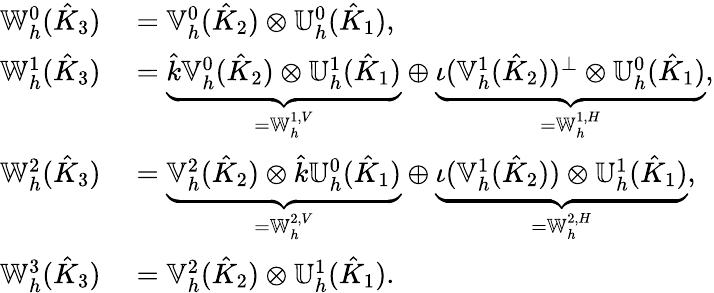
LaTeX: \begin{array}{rl}{\mathbb{W}_{h}^{0}(\hat{K}_{3})}&{{}=\mathbb{V}_{h}^{0}(\hat{K}_{2})\otimes\mathbb{U}_{h}^{0}(\hat{K}_{1}),}\\ {\mathbb{W}_{h}^{1}(\hat{K}_{3})}&{{}=\underbrace{\hat{k}\mathbb{V}_{h}^{0}(\hat{K}_{2})\otimes\mathbb{U}_{h}^{1}(\hat{K}_{1})}_{=\mathbb{W}_{h}^{1,V}}\oplus\underbrace{\iota(\mathbb{V}_{h}^{1}(\hat{K}_{2}))^{\perp}\otimes\mathbb{U}_{h}^{0}(\hat{K}_{1})}_{=\mathbb{W}_{h}^{1,H}},}\\ {\mathbb{W}_{h}^{2}(\hat{K}_{3})}&{{}=\underbrace{\mathbb{V}_{h}^{2}(\hat{K}_{2})\otimes\hat{k}\mathbb{U}_{h}^{0}(\hat{K}_{1})}_{=\mathbb{W}_{h}^{2,V}}\oplus\underbrace{\iota(\mathbb{V}_{h}^{1}(\hat{K}_{2}))\otimes\mathbb{U}_{h}^{1}(\hat{K}_{1})}_{=\mathbb{W}_{h}^{2,H}},}\\ {\mathbb{W}_{h}^{3}(\hat{K}_{3})}&{{}=\mathbb{V}_{h}^{2}(\hat{K}_{2})\otimes\mathbb{U}_{h}^{1}(\hat{K}_{1}).}\end{array}